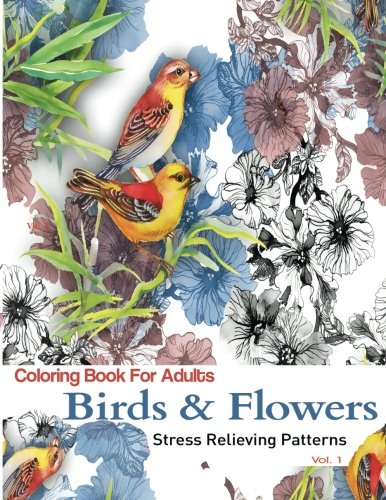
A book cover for Coloring Books For Adults: Birds and Flowers : Stress Relieving Patterns (Birds & Flowers Adult Coloring Books) (Volume 1); Adult Coloring Books; Crafts, Hobbies & Home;